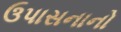
ઉપાસનાનો